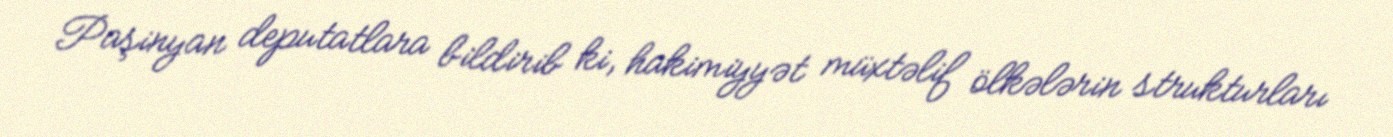
Paşinyan deputatlara bildirib ki, hakimiyyət müxtəlif ölkələrin strukturları